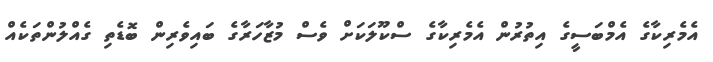
އެމެރިކާގެ އެމްބަސީގެ އިތުރުން އެމެރިކާގެ ސްކޫލަކަށް ވެސް މުޒާހަރާގެ ބައިވެރިން ބޮޑެތި ގެއްލުންތަކެއް